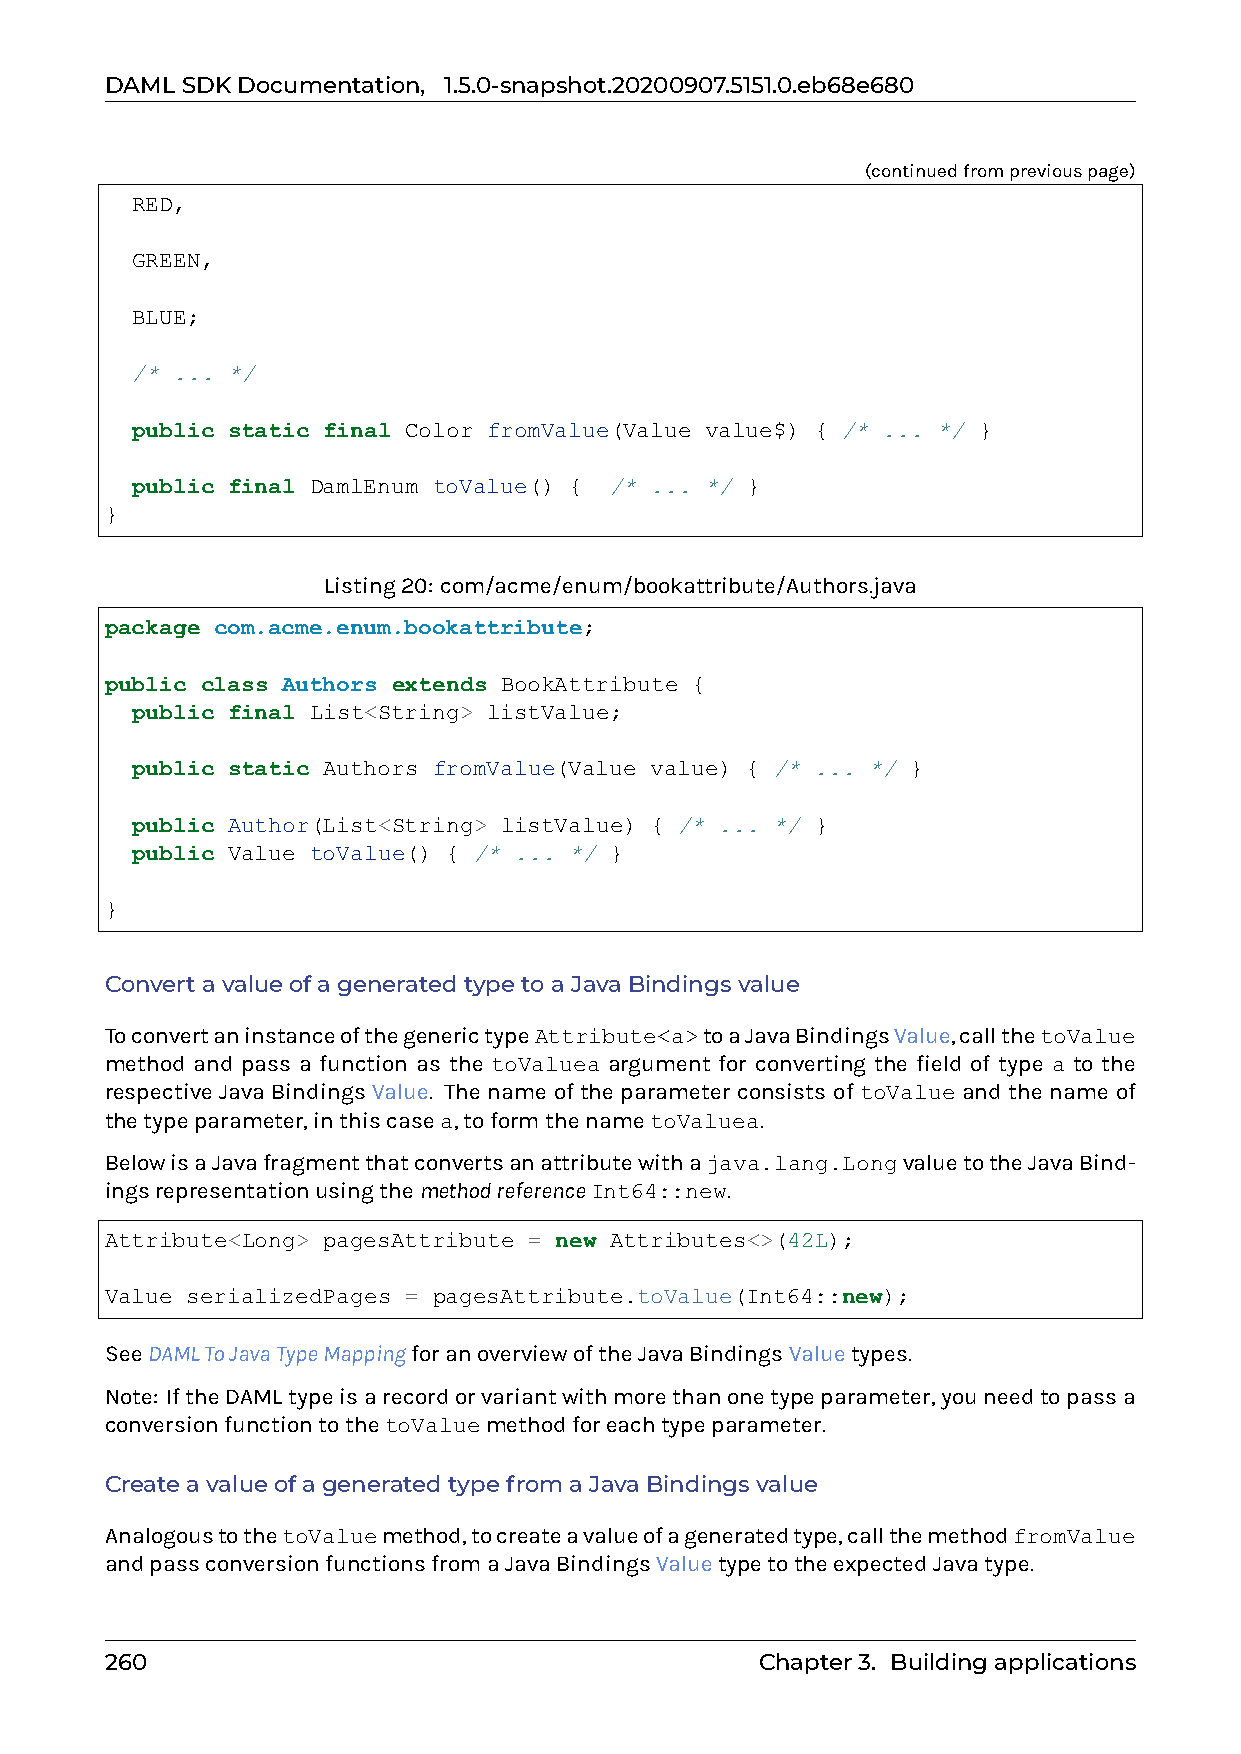
DAMLSDKDocumentation, 1.5.0-snapshot.20200907.5151.0.eb68e680
 (continuedfrompreviouspage)
 RED,
 GREEN,
 BLUE;
 /* ... */
 public static final Color fromValue(Value value$) { /* ... */ }
 public final DamlEnum toValue() { /* ... */ }
 }
 Listing20: com/acme/enum/bookattribute/Authors.java
 package com.acme.enum.bookattribute;
 public class Authors extends BookAttribute {
 public final List<String> listValue;
 public static Authors fromValue(Value value) { /* ... */ }
 public Author(List<String> listValue) { /* ... */ }
 public Value toValue() { /* ... */ }
 }
 ConvertavalueofageneratedtypetoaJavaBindingsvalue
 ToconvertaninstanceofthegenerictypeAttribute<a>toaJavaBindingsValue,callthetoValue
 method and pass a function as the toValuea argument for converting the field of type a to the
 respective Java Bindings Value. The name of the parameter consists of toValue and the name of
 thetypeparameter,inthiscasea,toformthenametoValuea.
 BelowisaJavafragmentthatconvertsanattributewithajava.lang.LongvaluetotheJavaBind-
 ingsrepresentationusingthemethodreferenceInt64::new.
 Attribute<Long> pagesAttribute = new Attributes<>(42L);
 Value serializedPages = pagesAttribute.toValue(Int64::new);
 SeeDAMLToJavaTypeMappingforanoverviewoftheJavaBindingsValuetypes.
 Note: IftheDAMLtypeisarecordorvariantwithmorethanonetypeparameter,youneedtopassa
 conversionfunctiontothetoValuemethodforeachtypeparameter.
 CreateavalueofageneratedtypefromaJavaBindingsvalue
 AnalogoustothetoValuemethod,tocreateavalueofageneratedtype,callthemethodfromValue
 andpassconversionfunctionsfromaJavaBindingsValuetypetotheexpectedJavatype.
 260                                        Chapter3. Buildingapplications